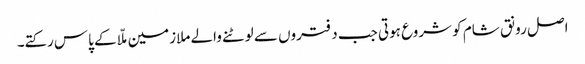
اصل رونق شام کو شروع ہوتی جب دفتروں سے لوٹنے والے ملازمین ملّا کے پاس رکتے۔